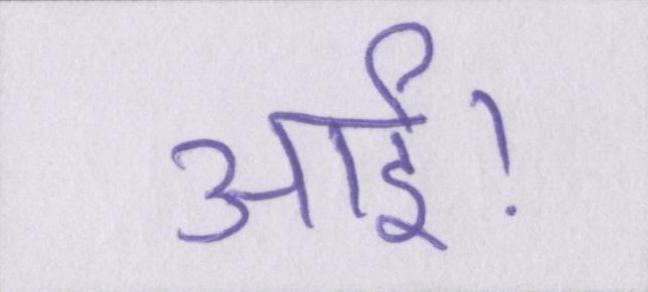
आई।